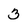
Character: 3